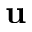
\mathbf { u }